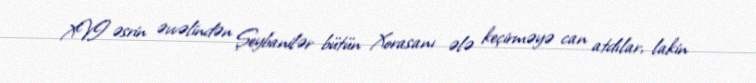
XVI əsrin əvvəlindən Şeybanilər bütün Xorasanı ələ keçirməyə can atdılar, lakin